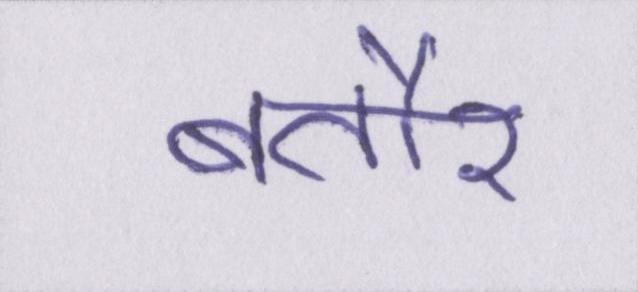
बतौर